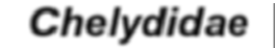
Chelydidae